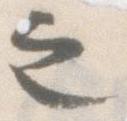
之